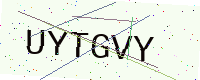
Text: UYTGVY